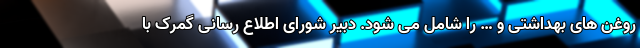
روغن های بهداشتی و … را شامل می شود. دبیر شورای اطلاع رسانی گمرک با